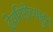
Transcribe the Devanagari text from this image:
देवगिरीच्याहुन